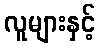
လူများနှင့်